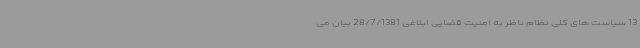
13 سیاست های کلی نظام ناظر به امنیت قضایی ابلاغی 28/7/1381 بیان می